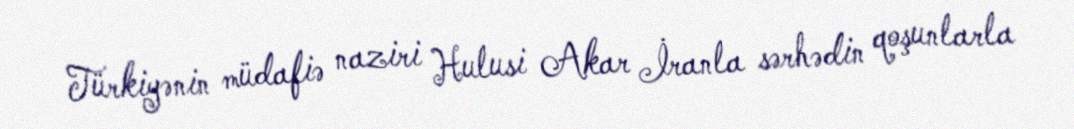
Türkiyənin müdafiə naziri Hulusi Akar İranla sərhədin qoşunlarla